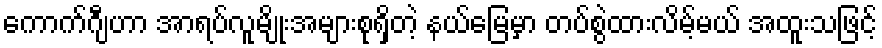
ကောက်ဂျီဟာ အာရပ်လူမျိုးအများစုရှိတဲ့ နယ်မြေမှာ တပ်စွဲထားလိမ့်မယ် အထူးသဖြင့်